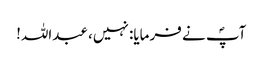
آپؐ نے فرمایا: نہیں، عبداللہ!